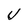
Character: U